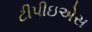
ટીપીઇએસ